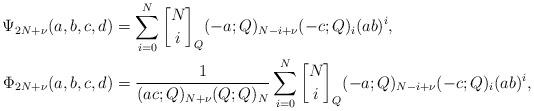
LaTeX: \begin{align*}\Psi_{2N+\nu}(a,b,c,d) &= \sum_{i=0}^N \genfrac{[}{]}{0pt}{}{N}{i}_{Q} (-a;Q)_{N-i+\nu}(-c;Q)_{i} (ab)^{i},\\\Phi_{2N+\nu}(a,b,c,d) &=\frac{1}{(ac;Q)_{N+\nu}(Q;Q)_{N}}\sum_{i=0}^N \genfrac{[}{]}{0pt}{}{N}{i}_{Q} (-a;Q)_{N-i+\nu}(-c;Q)_{i} (ab)^{i},\end{align*}